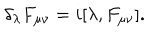
\delta _ { \lambda } F _ { \mu \nu } = i [ \lambda , F _ { \mu \nu } ] .